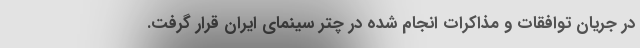
در جریان توافقات و مذاکرات انجام شده در چتر سینمای ایران قرار گرفت.